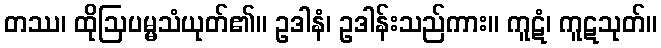
တဿ၊ ထိုဩပမ္မသံယုတ်၏။ ဥဒါနံ၊ ဥဒါန်းသည်ကား။ ကူဋံ၊ ကူဋသုတ်။